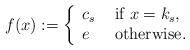
LaTeX: \begin{align*}f(x):=\left\{\begin{array}{ll} c_s & \textrm{ if } x=k_s, \\e & \textrm{ otherwise.}\end{array} \right.\end{align*}